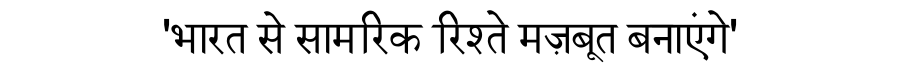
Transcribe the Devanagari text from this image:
'भारत से सामरिक रिश्ते मज़बूत बनाएंगे'